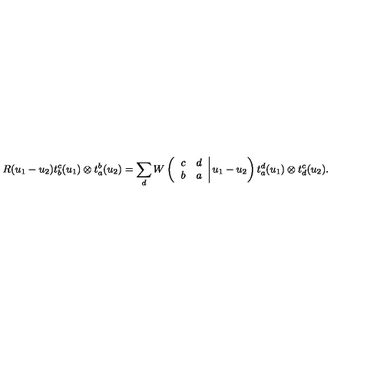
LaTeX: R ( u _ { 1 } - u _ { 2 } ) t _ { b } ^ { c } ( u _ { 1 } ) \otimes t _ { a } ^ { b } ( u _ { 2 } ) = \sum _ { d } W \left( \left. \begin{array} { c c } { c } & { d } \\ { b } & { a } \\ \end{array} \right| u _ { 1 } - u _ { 2 } \right) t _ { a } ^ { d } ( u _ { 1 } ) \otimes t _ { d } ^ { c } ( u _ { 2 } ) .